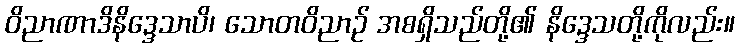
ဝိညာဏာဒိနိဒ္ဒေသာပိ၊ သောတဝိညာဉ် အစရှိသည်တို့၏ နိဒ္ဒေသတို့ကိုလည်း။